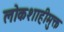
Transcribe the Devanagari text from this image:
लोकशाहीमुक्त